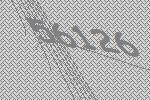
56126